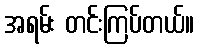
အရမ်း တင်းကြပ်တယ်။